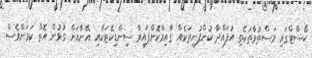
ކޯސްޓްގައި މަސްތުވާތަކެތި އުފައްދާ ކުންފުނިތަކެއް ގާއިމްކޮށްފައިވާ ސިންޑިކޭޓަކާއި އޭނާއަށް ގުޅުން އޮތް ކަމަށްވެސް